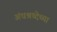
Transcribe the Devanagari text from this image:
अंधश्रध्देच्या